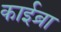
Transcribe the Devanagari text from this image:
काईब्रा